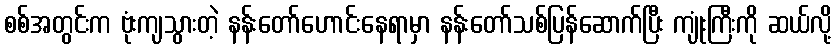
စစ်အတွင်းက ဗုံးကျသွားတဲ့ နန်းတော်ဟောင်းနေရာမှာ နန်းတော်သစ်ပြန်ဆောက်ပြီး ကျုံးကြီးကို ဆယ်လို့